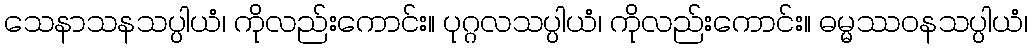
သေနာသနသပ္ပါယံ၊ ကိုလည်းကောင်း။ ပုဂ္ဂလသပ္ပါယံ၊ ကိုလည်းကောင်း။ ဓမ္မဿဝနသပ္ပါယံ၊